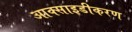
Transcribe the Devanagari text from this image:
आक्साइडीकरण